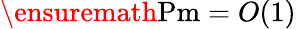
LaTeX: \ensuremath{\mathrm{Pm}}=O(1)